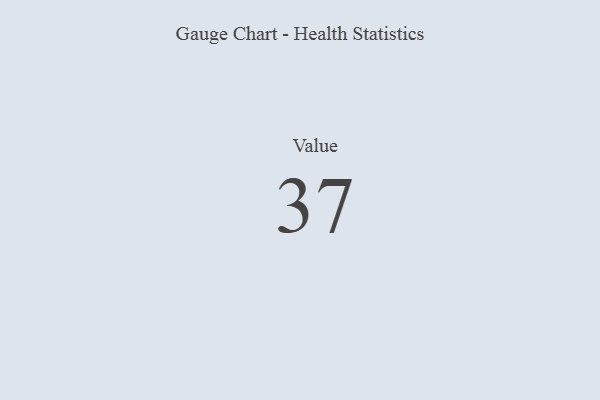
{"axis": {"x": "Metric", "y": "Value"}, "legend": [""], "data": [{"x": "Value", "y": 37, "type": ""}]}